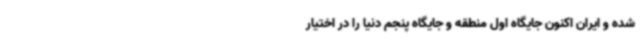
شده و ایران اکنون جایگاه اول منطقه و جایگاه پنجم دنیا را در اختیار